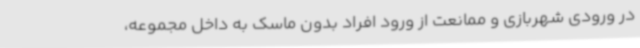
در ورودی شهربازی و ممانعت از ورود افراد بدون ماسک به داخل مجموعه،